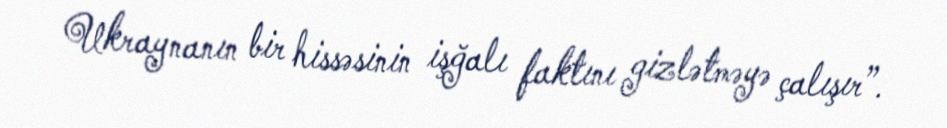
Ukraynanın bir hissəsinin işğalı faktını gizlətməyə çalışır”.